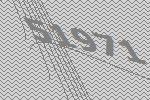
51971